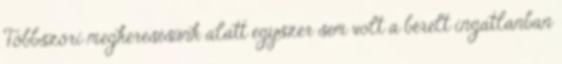
Többszöri megkeresésünk alatt egyszer sem volt a bérelt ingatlanban